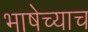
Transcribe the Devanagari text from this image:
भाषेच्याच